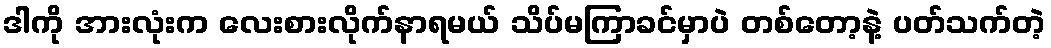
ဒါကို အားလုံးက လေးစားလိုက်နာရမယ် သိပ်မကြာခင်မှာပဲ တစ်တော့နဲ့ ပတ်သက်တဲ့